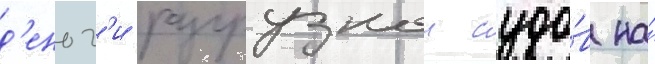
д'еньг'и разгрузкои судо́в на́